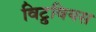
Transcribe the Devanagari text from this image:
विट्रुवियस